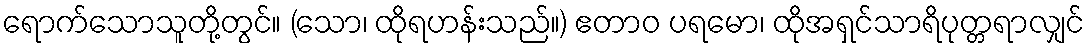
ရောက်သောသူတို့တွင်။ (သော၊ ထိုရဟန်းသည်။) ဧတာဝ ပရမော၊ ထိုအရှင်သာရိပုတ္တရာလျှင်